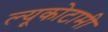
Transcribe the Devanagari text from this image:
ल्यूकोटामी